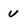
Character: v